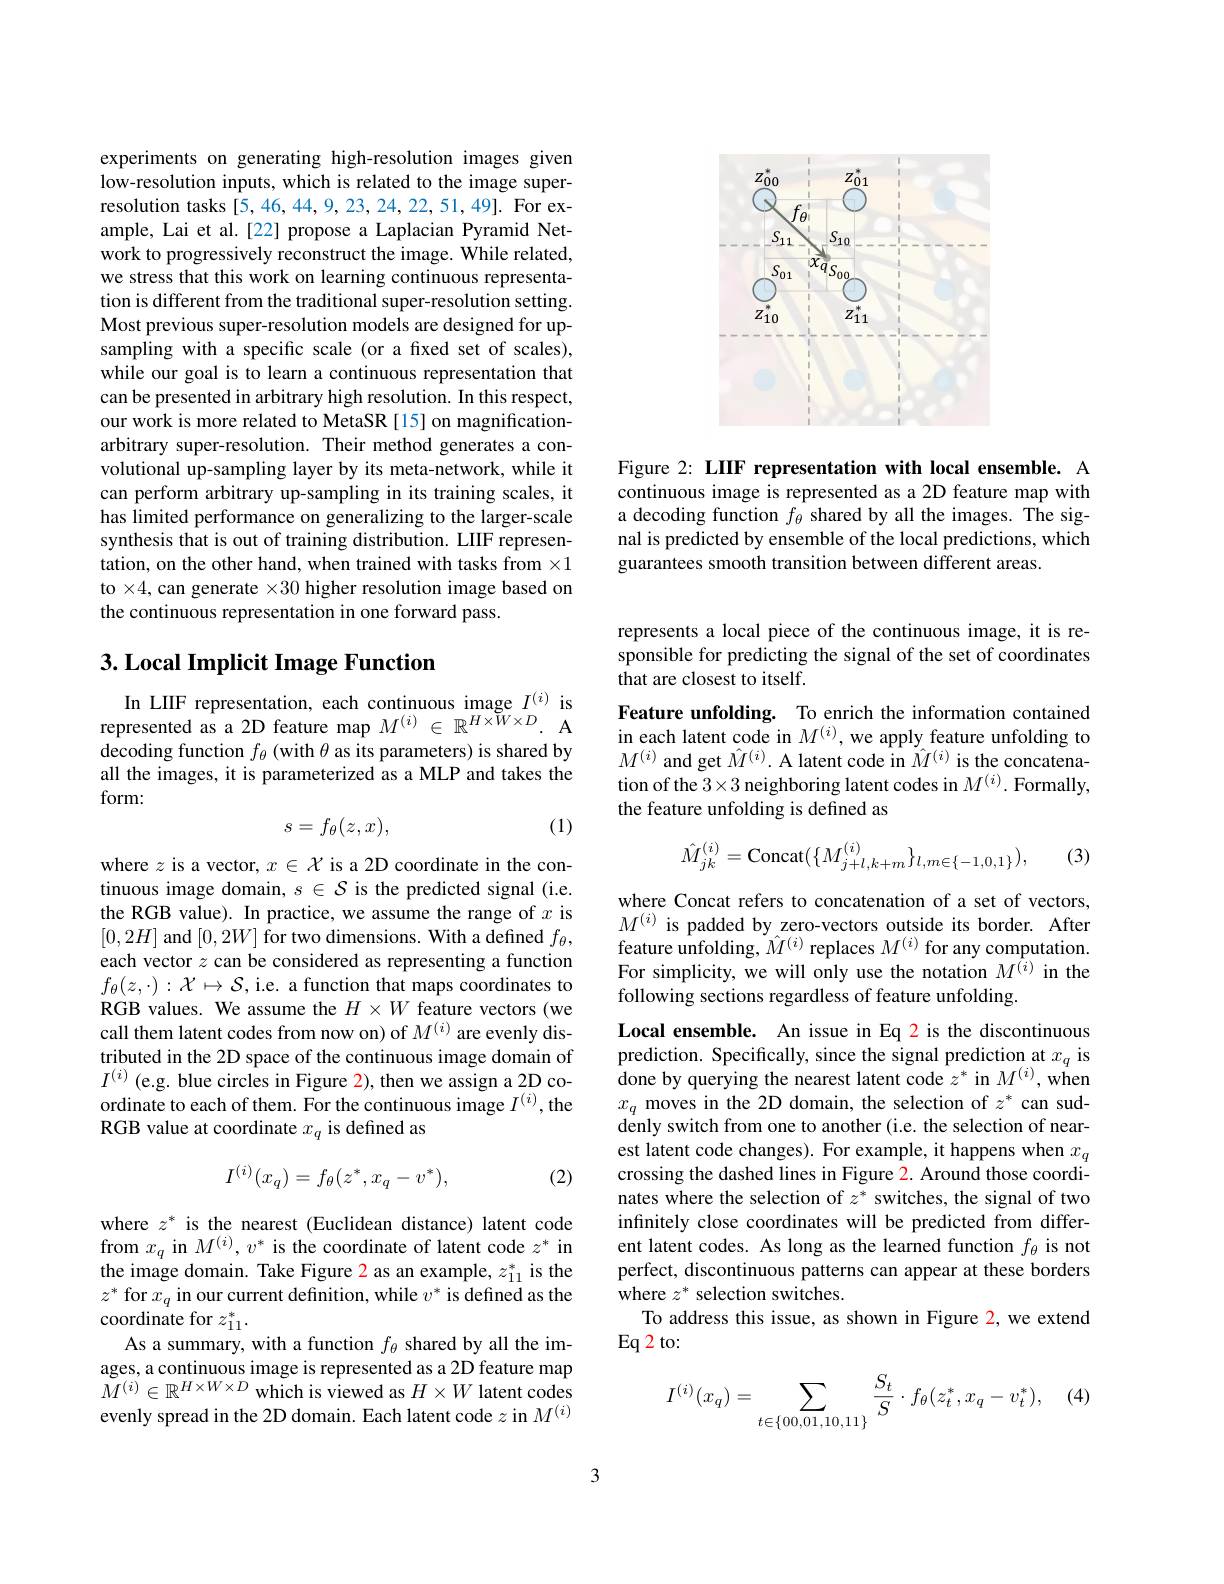
<FigureHere>

Figure 2: LIIF representation with local ensemble. A continuous image is represented as a 2D feature map with a decoding function $f_{\theta}$ shared by all the images. The signal is predicted by ensemble of the local predictions, which guarantees smooth transition between different areas.

experiments on generating high-resolution images given low-resolution inputs, which is related to the image superresolution tasks[5,46,44,9,23,24,22,51,49]. For example, Lai et al.[22] propose a Laplacian Pyramid Network to progressively reconstruct the image. While related, we stress that this work on learning continuous representation is different from the traditional super-resolution setting. Most previous super-resolution models are designed for upsampling with a specific scale (or a fixed set of scales), while our goal is to learn a continuous representation that can be presented in arbitrary high resolution. In this respect, our work is more related to MetaSR [15] on magnificationarbitrary super-resolution. Their method generates a convolutional up-sampling layer by its meta-network, while it can perform arbitrary up-sampling in its training scales, it has limited performance on generalizing to the larger-scale synthesis that is out of training distribution. LIIF representation, on the other hand, when trained with tasks from $\times1$ to $\times4$, can generate $\times30$ higher resolution image based on the continuous representation in one forward pass.

## $3. \textbf{Local Implicit Image Function}$

In LIIF representation, each continuous image $I^{(i)}$ is represented as a 2D feature map $M^{(i)}\in\mathbb{R}^{H\times W\times D}.$ A decoding function $f_\theta$ (with $\theta$ as its parameters) is shared by all the images, it is parameterized as a MLP and takes the form:
$$s=f_\theta(z,x),$$
(1)

where $z$ is a vector, $x\in\mathcal{X}$ is a 2D coordinate in the continuous image domain, $s\in\mathcal{S}$ is the predicted signal (i.e. the RGB value). In practice, we assume the range of $x$ is $[0,2H]$ and $[0,2W]$ for two dimensions. With a defined $f_\theta$, each vector $z$ can be considered as representing a function $f_\theta(z,\cdot):\mathcal{X}\mapsto\mathcal{S}$,i.e. a function that maps coordinates to RGB values. We assume the $H\times W$ feature vectors (we call them latent codes from now on) of $M^{(i)}$ are evenly distributed in the 2D space of the continuous image domain of $I^{(i)}$ (e.g. blue circles in Figure 2), then we assign a 2D coordinate to each of them. For the continuous image $I^{(i)}$,the RGB value at coordinate $x_q$ is defined as
$$I^{(i)}(x_q)=f_\theta(z^*,x_q-v^*),$$
(2)

where $z^*$ is the nearest (Euclidean distance) latent code from $x_q$ in $M^(i),v^*$ is the coordinate of latent code $z^*$ in the image domain. Take Figure 2 as an example, $z_11^*$ is the $z^*$ for $x_q$ in our current definition, while $v^*$ is defined as the coordinate for $z_{11}^*.$
As a summary, with a function $f_\theta$ shared by all the images, a continuous image is represented as a 2D feature map $M^{(i)}\in\mathbb{R}^{H\times W\times D}$ which is viewed as $H\times W$ latent codes evenly spread in the 2D domain. Each latent code $z$ in $M^{(i)}$

represents a local piece of the continuous image, it is responsible for predicting the signal of the set of coordinates that are closest to itself.

Feature unfolding. To enrich the information contained in each latent code in $M^{(i)}$, we apply feature unfolding to $M^{(i)}$ and get $\hat{M}^{(i)}.$ A latent code in $\hat{M}^{(i)}$ is the concatenation of the $3\times3$ neighboring latent codes in $M^{(i)}.$ Formally, the feature unfolding is defined as
$$\hat{M}_{jk}^{(i)}=\mathrm{Concat}(\{M_{j+l,k+m}^{(i)}\}_{l,m\in\{-1,0,1\}}),$$
(3)

where Concat refers to concatenation of a set of vectors, $M^{(i)}$ is padded by zero-vectors outside its border. After feature unfolding, $\hat{M}^{(i)}$ replaces $M^{(i)}$ for any computation. For simplicity, we will only use the notation $M^{\hat{(i)}}$ in the following sections regardless of feature unfolding.

Local ensemble. An issue in Eq 2 is the discontinuous prediction. Specifically, since the signal prediction at $x_q$ is $\hat{\text{done by querying the nearest latent code }z^*}$ in $M^(i)$,when $x_q$ moves in the 2D domain, the selection of $z^*$ can suddenly switch from one to another (i.e. the selection of nearest latent code changes). For example, it happens when $x_q$ crossing the dashed lines in Figure 2. Around those coordinates where the selection of $z^*$ switches, the signal of two infinitely close coordinates will be predicted from different latent codes. As long as the learned function $f_{\theta}$ is not perfect, discontinuous patterns can appear at these borders where $z^*$ selection switches.
To address this issue, as shown in Figure 2, we extend
$Eq2$ to:

(4)
$$I^{(i)}(x_q)=\sum_{t\in\{00,01,10,11\}}\frac{S_t}{S}\cdot f_\theta(z_t^*,x_q-v_t^*),$$
3